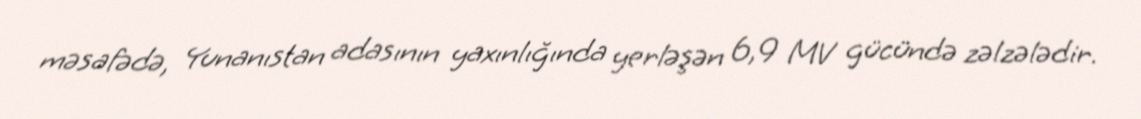
məsafədə, Yunanıstan adasının yaxınlığında yerləşən 6,9 MV gücündə zəlzələdir.